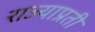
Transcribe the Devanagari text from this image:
राज्याप्रती